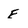
Character: E